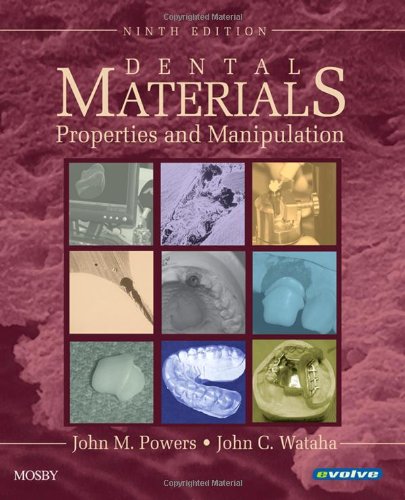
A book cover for Dental Materials: Properties and Manipulation, 9e (Dental Materials: Properties & Manipulation (Craig)); John M. Powers PhD; Medical Books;